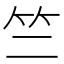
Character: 竺